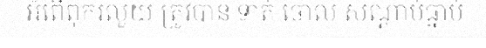
អំពើពុករលួយ ត្រូវបាន ទាត់ ចោល សណ្តាប់ធ្នាប់